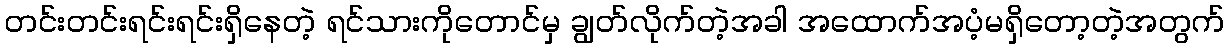
တင်းတင်းရင်းရင်းရှိနေတဲ့ ရင်သားကိုတောင်မှ ချွတ်လိုက်တဲ့အခါ အထောက်အပံ့မရှိတော့တဲ့အတွက်